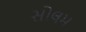
સોલમ